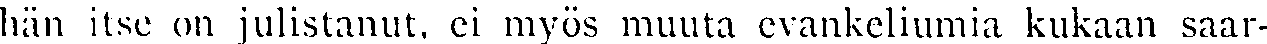
hän itse on julistanut, ei myös muuta evankeliumia kukaan saar-